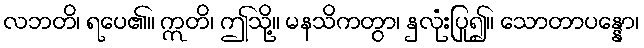
လဘတိ၊ ရပေ၏။ ဣတိ၊ ဤသို့။ မနသိကတွာ၊ နှလုံးပြု၍။ သောတာပန္နော၊